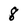
Character: 8